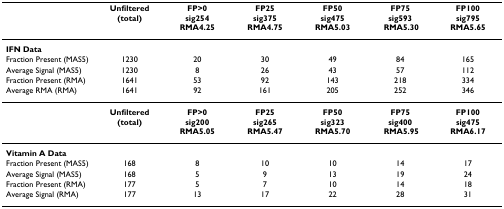
<table><thead><tr><td></td><td><b>Unfiltered (total)</b></td><td><b>FP&gt;0sig254RMA4.25</b></td><td><b>FP25sig375RMA4.75</b></td><td><b>FP50sig475RMA5.03</b></td><td><b>FP75sig593 RMA5.30</b></td><td><b>FP100sig795RMA5.65</b></td></tr></thead><tbody><tr><td><b>IFN Data</b></td><td></td><td></td><td></td><td></td><td></td><td></td></tr><tr><td>Fraction Present (MAS5)</td><td>1230</td><td>20</td><td>30</td><td>49</td><td>84</td><td>165</td></tr><tr><td>Average Signal (MAS5)</td><td>1230</td><td>8</td><td>26</td><td>43</td><td>57</td><td>112</td></tr><tr><td>Fraction Present (RMA)</td><td>1641</td><td>53</td><td>92</td><td>143</td><td>218</td><td>334</td></tr><tr><td>Average RMA (RMA)</td><td>1641</td><td>92</td><td>161</td><td>205</td><td>252</td><td>346</td></tr><tr><td></td><td><b>Unfiltered (total)</b></td><td><b>FP&gt;0</b><b>sig200</b><b>RMA5.05</b></td><td><b>FP25</b><b>sig265</b><b>RMA5.47</b></td><td><b>FP50</b><b>sig323</b><b>RMA5.70</b></td><td><b>FP75</b><b>sig400</b><b> RMA5.95</b></td><td><b>FP100</b><b>sig475</b><b>RMA6.17</b></td></tr><tr><td><b>Vitamin A Data</b></td><td></td><td></td><td></td><td></td><td></td><td></td></tr><tr><td>Fraction Present (MAS5)</td><td>168</td><td>8</td><td>10</td><td>10</td><td>14</td><td>17</td></tr><tr><td>Average Signal (MAS5)</td><td>168</td><td>5</td><td>9</td><td>13</td><td>19</td><td>24</td></tr><tr><td>Fraction Present (RMA)</td><td>177</td><td>5</td><td>7</td><td>10</td><td>14</td><td>18</td></tr><tr><td>Average Signal (RMA)</td><td>177</td><td>13</td><td>17</td><td>22</td><td>28</td><td>31</td></tr></tbody></table>